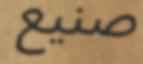
صنيع